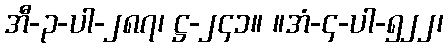
အီ-၃-ပါ-၂၈၇၊ ဋ္ဌ-၂၄၁။ ။အံ-၄-ပါ-၅၂၂၊